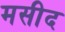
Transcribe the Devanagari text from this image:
मसीद